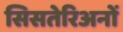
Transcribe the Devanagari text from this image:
सिसतेरिअनों